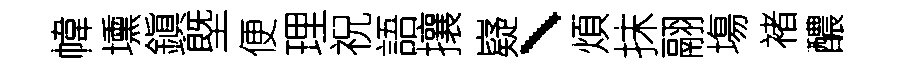
幃壎鎭塈便理祝語攘嶷、煩抹翮塲褚醲